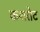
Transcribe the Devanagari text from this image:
कशरोट